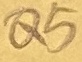
Text: Q5